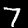
Digit: 7